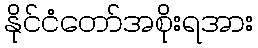
နိုင်ငံတော်အစိုးရအား